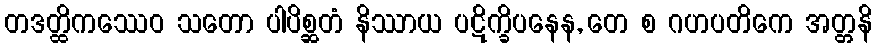
တဒတ္ထိကဿေဝ သတော ပါပိစ္ဆတံ နိဿာယ ပဋိက္ခိပနေန, တေ စ ဂဟပတိကေ အတ္တနိ